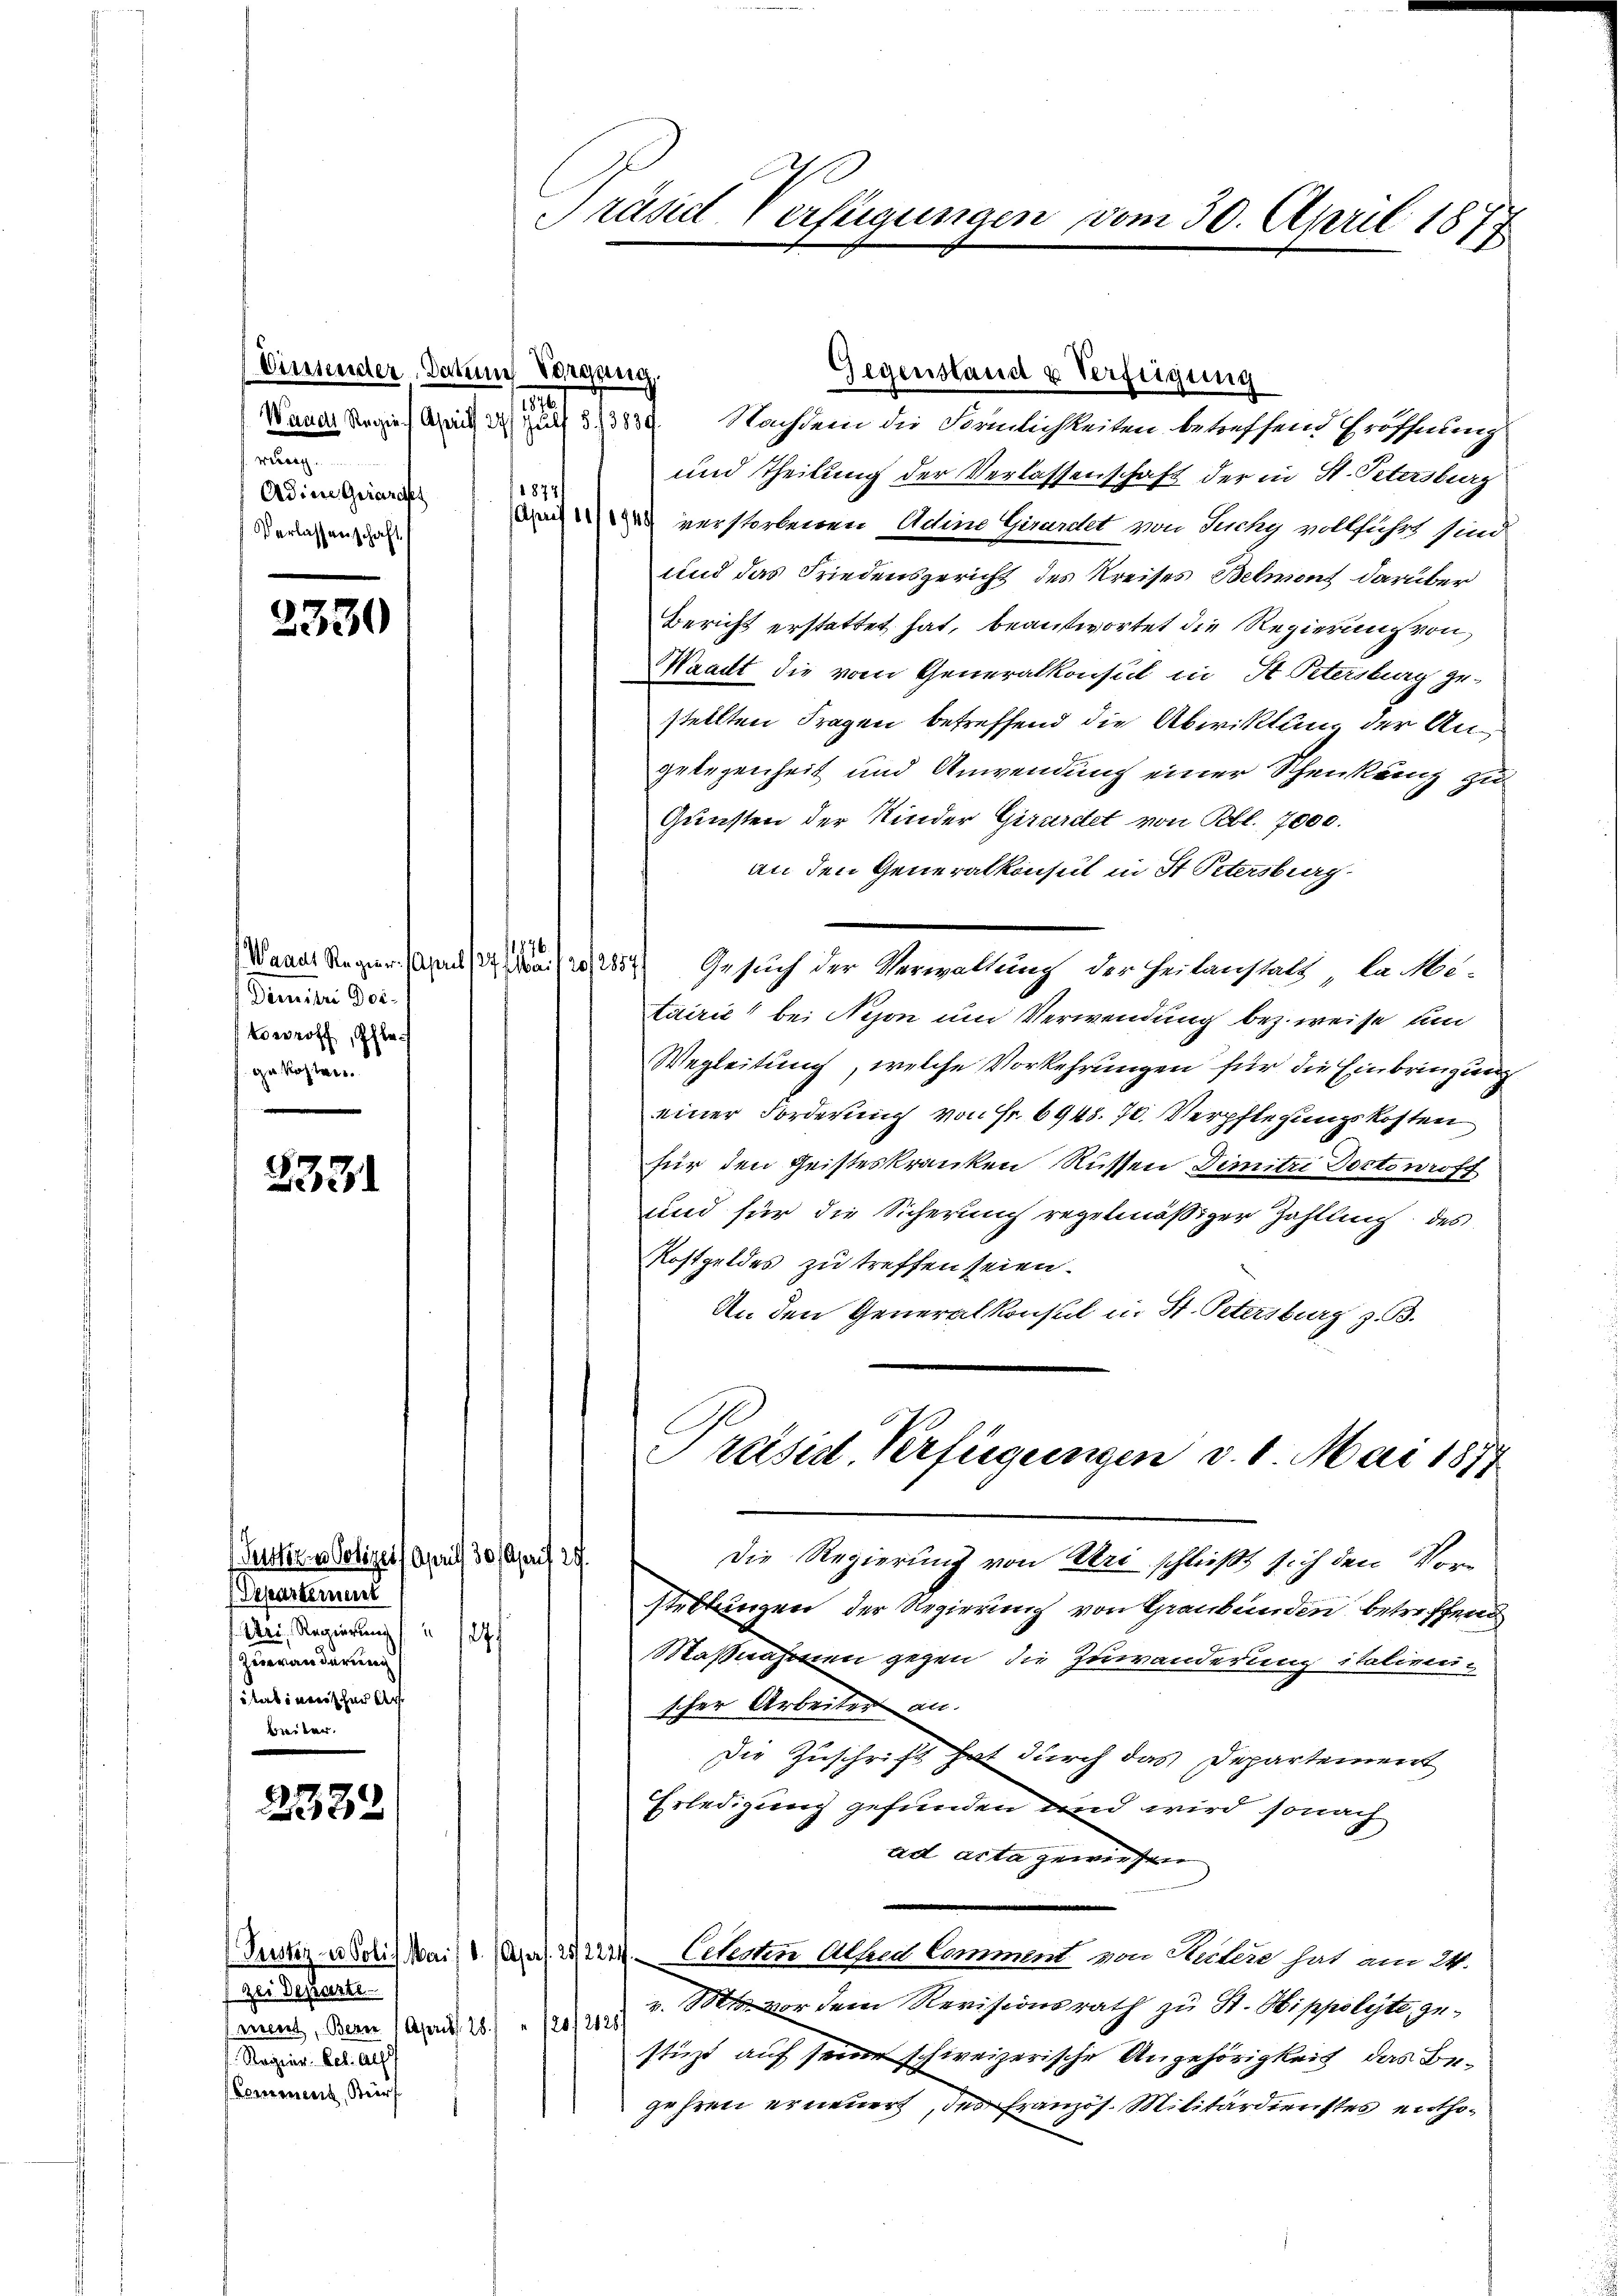
Dimenten Datum Vorgang,
e
werc
1877 f
Adine Girardf
Verlassenschaft

2330

Demnitzi Doi-
off, Pfle
gekosten.
.

2231

(Separtement
Uri Regierung " 127
Zeieranderung
itartinerischen Art
beiter.

222

und Theilung der Verlassenschaft der in St. Petersburg
 verstorbenen Adine Girardet von Suchy vollführt sind
und das Friedensgericht des Kreises Belmont darüber
Bericht erstattet hat, beantwortet die Regierung von
Waadt die vom Generalkonsul in St. Petersburg ge-
stellten Fragen betreffend die Abwittung der Angelegenheit und Anwendung einer Schenkung zu
Gunsten der Kinder Giraritet von Rbl. 7000.
an den Generalkonsul in St. Petersburg
1876
Waadt Regier. Am 11. Mai 120, 285. Gesuch der Verwaltung der Heilanstalt, la Metairić, bei Nison um Verwendung bez. weise un
Wegleitung, welche Vorkehrungen für die Einbringung
einer Forderung von Fr. 6948. 70. Verpflegungskosten
für den Geisteskranken Rüssen Dimitzi Doctowroff
und für die Sicherung regelmäßiger Zahllung des
Kostgeldes zu treffen seien.
An den Generalkonsul in St. Petersburg z. B.
Präsid. Verfügungen v. 8. Mai 1877
Setterner Polizeif April 30 April 29.
Die Regierung von Uri schließt sich den Vorstellungen der Regierung von Graubünden betreffend
Maßnahmen gegen, die Zuwanderung italirenscher Arbeiter an.
Die Zuschrift hat durch das Departement
Erledigung gefunden und wird sonach
ad acta gewiesen
Puster abolis Mai/1. Apas. 222. Celesten Alfred Comment von Seitere hat am 24.
v. M vor dem Revisionsrath zu St. Hippolyte, gestüzt auf seine schweizerische Angehörigkeit, das Begehren erneuert, des französ. Militärdienstes entho¬

zei Departe
mnent, Bern (April 28 " 12012128
 Ragier. Febr. als
Komenent, Bür

Präsid Verfügungen vom 30. April 1877

Gegenstand u Verfügung
Mauer Regie ich des zu 313839. Nachdem die Förmlichkeiten betreffend Eröffnung